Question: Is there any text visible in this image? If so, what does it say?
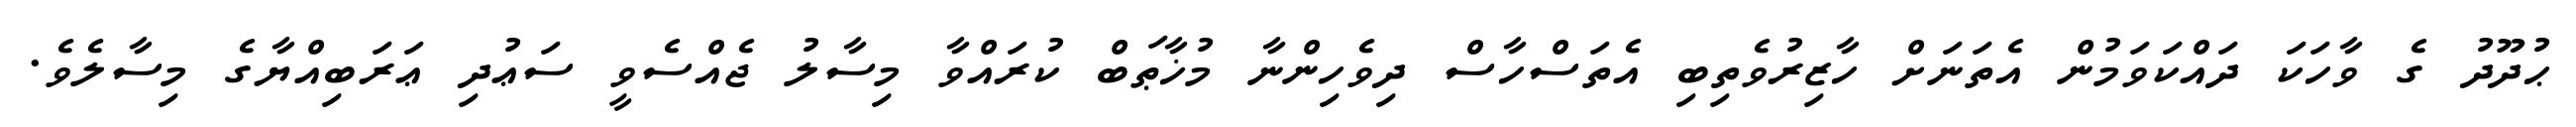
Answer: ޙުދޫދު ގެ ވާހަކަ ދައްކަވަމުން އެތަނަށް ހާޒިރުވެތިބި އެތަސްހާސް ދިވެހިންނާ މުޚާޠަބް ކުރައްވާ މިސާލު ޖެއްސެވީ ސަޢުދި ޢަރަބިއްޔާގެ މިސާލެވެ.